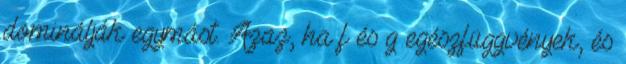
dominálják egymást. Azaz, ha f és g egészfüggvények, és